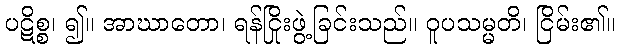
ပဋိစ္စ၊ ၍။ အာဃာတော၊ ရန်ငြိုးဖွဲ့ခြင်းသည်။ ဝူပသမ္မတိ၊ ငြိမ်း၏။